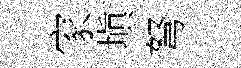
家塡弩